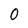
Character: 0